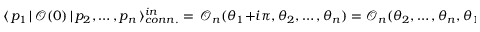
\langle \, p _ { 1 } \, | \, \mathcal { O } ( 0 ) \, | \, p _ { 2 } , \dots , p _ { n } \, \rangle _ { c o n n . } ^ { i n } = \, \mathcal { O } _ { n } ( \theta _ { 1 } + i \pi , \theta _ { 2 } , \dots , \theta _ { n } ) = \mathcal { O } _ { n } ( \theta _ { 2 } , \dots , \theta _ { n } , \theta _ { 1 } - i \pi )